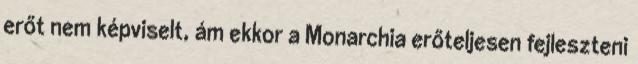
erőt nem képviselt, ám ekkor a Monarchia erőteljesen fejleszteni